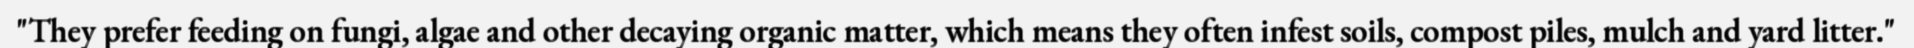
"They prefer feeding on fungi, algae and other decaying organic matter, which means they often infest soils, compost piles, mulch and yard litter."